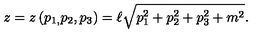
z = z \left( p _ { 1 , } p _ { 2 } , p _ { 3 } \right) = \ell \sqrt { p _ { 1 } ^ { 2 } + p _ { 2 } ^ { 2 } + p _ { 3 } ^ { 2 } + m ^ { 2 } } .